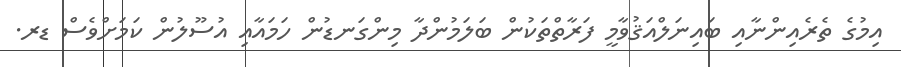
އިމުގެ ތެރެއިންނާއި ބައިނަލްއަޤުވާމީ ފަރާތްތަކުން ބަލަމުންދާ މިންގަނޑުން ހަމައާއި އުސޫލުން ކަމަށްވެސް ޑރ.